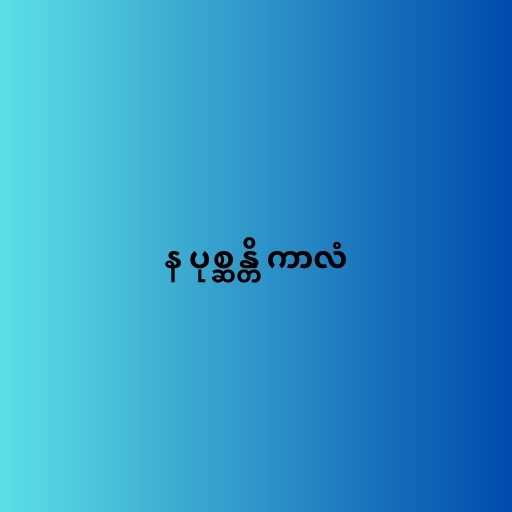
န ပုစ္ဆန္တိ ကာလံ